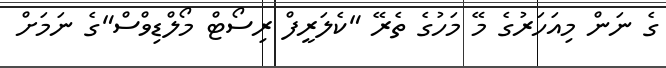
ގެ ނަން މިއަހަރުގެ މޭ މަހުގެ ތެރޭ "ކެލަރީފް ރިސޯޓް މޯލްޑިވްސް"ގެ ނަމަށް